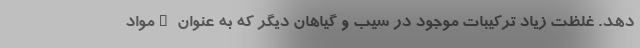
دهد. غلظت زیاد ترکیبات موجود در سیب و گیاهان دیگر که به عنوان "مواد